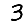
Digit: 3